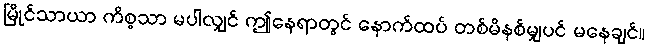
မြိုင်သာယာ ကိစ္စသာ မပါလျှင် ဤနေရာတွင် နောက်ထပ် တစ်မိနစ်မျှပင် မနေချင်။